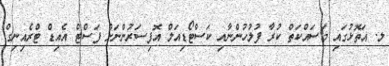
ލ. އަތޮޅުގައި މަސައްކަތް ކުރާ ފުލުހުންނާއި ކަސްޓޯޑިއަލް އޮފިސަރުންނަށް ފަސްޓް އެއިޑް ޓްރެއިނިގް